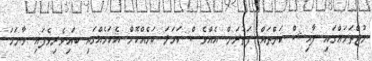
މުޖްތަމަޢްގައި ފާޙިޝް ކަންތައް ފަތުރަން އެއްވެސް ކަހަލަ ކަމެއްކޮށް އެކަމެއްގައި ބައިވެރިވެފައި ވާނަމަ